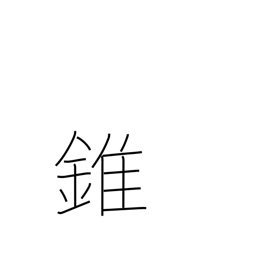
Meaning: cone